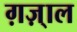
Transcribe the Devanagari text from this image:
ग़ज़्‍ाल